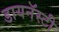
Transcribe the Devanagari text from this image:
डायनॅस्टी